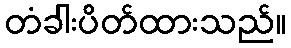
တံခါးပိတ်ထားသည်။